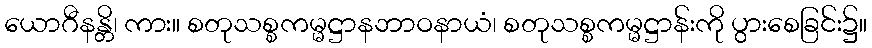
ယောဂီနန္တိ၊ ကား။ စတုသစ္စကမ္မဋ္ဌာနဘာဝနာယံ၊ စတုသစ္စကမ္မဋ္ဌာန်းကို ပွားစေခြင်း၌။